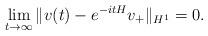
LaTeX: \begin{align*}\lim_{t\to\infty} \|v(t)-e^{-itH}v_+\|_{H^1}=0.\end{align*}